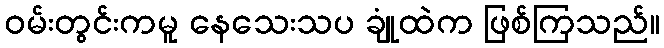
ဝမ်းတွင်းကမူ နေသေးသပ ချုံထဲက ဖြစ်ကြသည်။